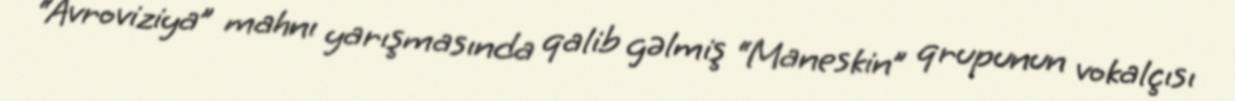
“Avroviziya” mahnı yarışmasında qalib gəlmiş “Maneskin” qrupunun vokalçısı